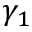
\gamma _ { 1 }